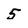
Character: 5